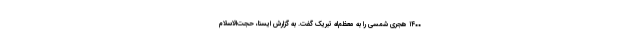
۱۴۰۰ هجری شمسی را به معظم‌له تبریک گفت. به گزارش ایسنا، حجت‌الاسلام